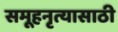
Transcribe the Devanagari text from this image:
समूहनृत्यासाठी